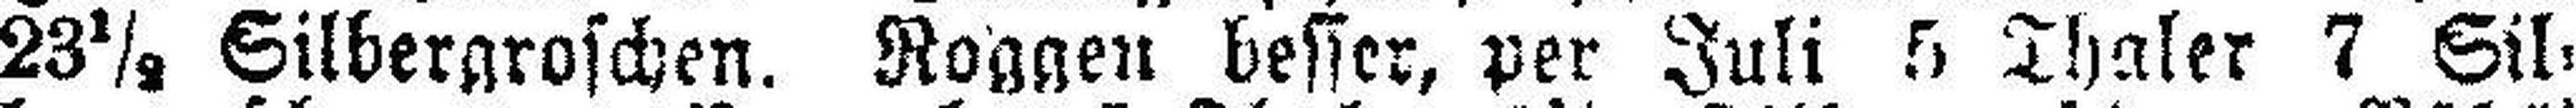
23½ Silbergroschen. Roggen besser, per Juli 5 Thaler 7 Sil¬